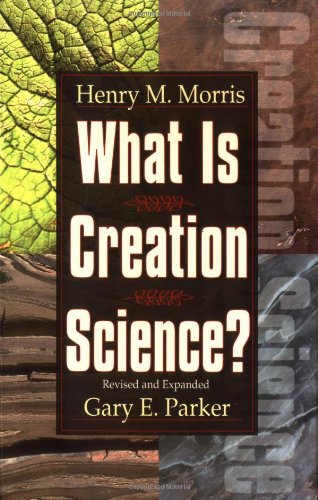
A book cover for What Is Creation Science?; Henry M. Morris; Christian Books & Bibles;